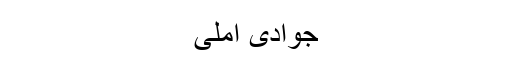
جوادی آملی